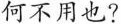
何不用也?